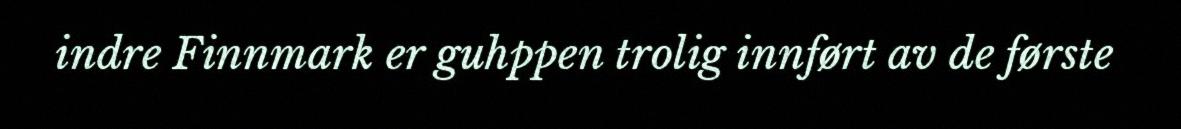
indre Finnmark er guhppen trolig innført av de første